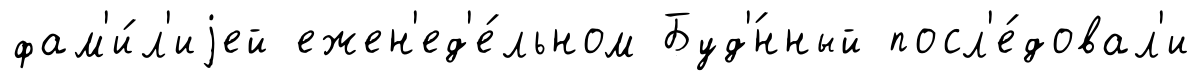
фам'и́л'иjей ежен'ед'е́льном Буд'́нный посл'е́довал'и